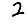
Digit: 2